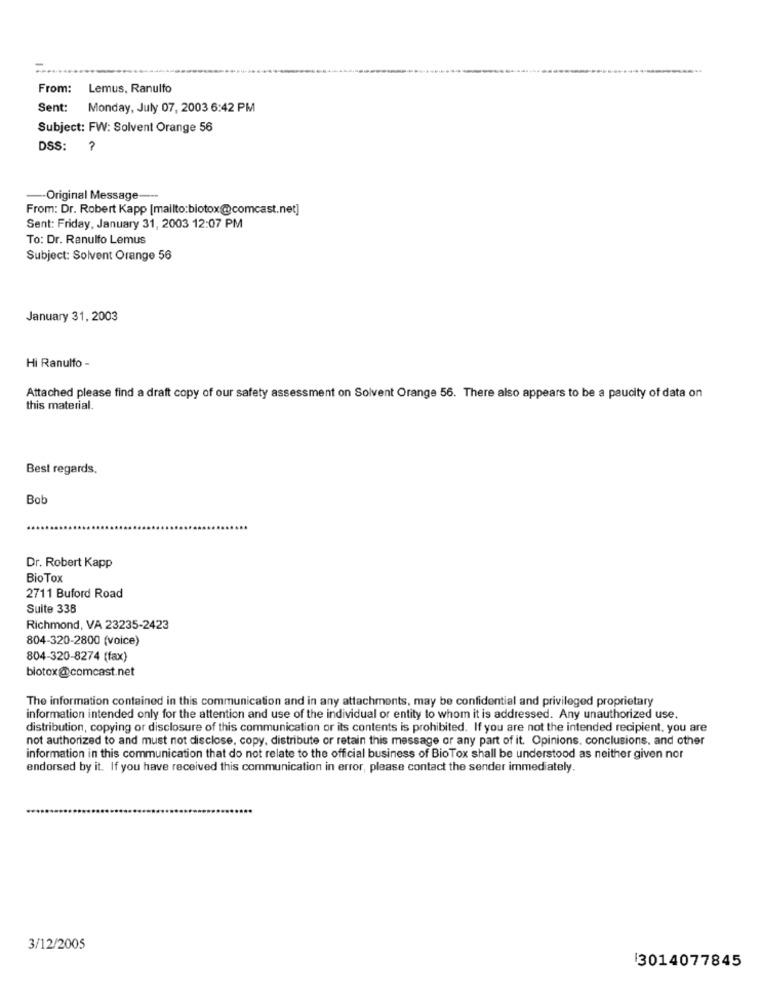
From:
Lemus, Ranulfo
Sent: Monday, July 07, 2003 6:42 PM
Subject: FW: Solvent Orange 56
DSS:
-- Original Message ---
From: Dr. Robert Kapp [mailto:biotox@comcast.net]
Sent: Friday, January 31, 2003 12:07 PM
To: Dr. Ranulfo Lemus
Subject: Solvent Orange 56
January 31, 2003
Hi Ranulfo -
Attached please find a draft copy of our safety assessment on Solvent Orange 56. There also appears to be a paucity of data on
this material.
Best regards,
Bob
Dr. Robert Kapp
Bio Tox
2711 Buford Road
Suite 338
Richmond, VA 23235-2423
804-320-2800 (voice)
804-320-8274 (fax)
biotox@comcast.net
The information contained in this communication and in any attachments, may be confidential and privileged proprietary
information intended only for the attention and use of the individual or entity to whom it is addressed. Any unauthorized use.
distribution, copying or disclosure of this communication or its contents is prohibited. If you are not the intended recipient, you are
not authorized to and must not disclose, copy, distribute or retain this message or any part of it. Opinions. conclusions. and other
information in this communication that do not relate to the official business of BioTox shall be understood as neither given nor
endorsed by it. If you have received this communication in error, please contact the sender immediately.
3/12/2005
13014077845